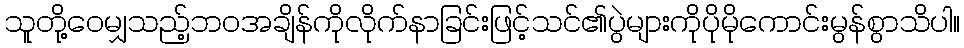
သူတို့ဝေမျှသည့်ဘဝအချိန်ကိုလိုက်နာခြင်းဖြင့်သင်၏ပွဲများကိုပိုမိုကောင်းမွန်စွာသိပါ။